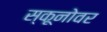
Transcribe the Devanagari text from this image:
स्कूनोवर